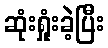
ဆုံးရှုံးခဲ့ပြီး